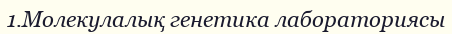
1.Молекулалық генетика лабораториясы